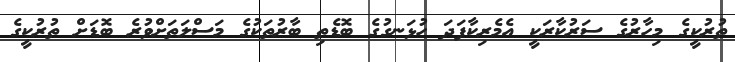
ތުރުކީގެ މިހާރުގެ ސަރުކާރަކީ އެމެރިކާފަދަ ހުޅަނގުގެ ބޮޑެތި ބާރުތަކުގެ މަސްލަތަށްވުރެ ބޮޑަށް ތުރުކީގެ